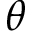
\theta